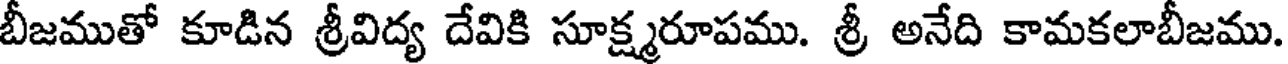
బీజముతో కూడిన శ్రీవిద్య దేవికి సూక్ష్మరూపము. శ్రీ అనేది కామకలాబీజము.